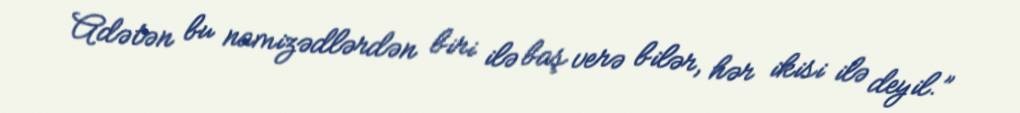
Adətən bu namizədlərdən biri ilə baş verə bilər, hər ikisi ilə deyil.”